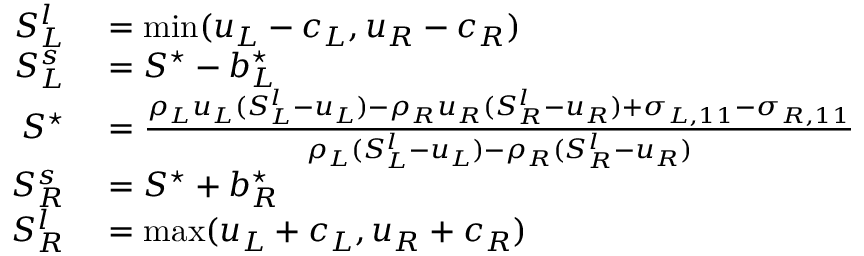
\begin{array} { r l } { S _ { L } ^ { l } } & { { } = \mathrm { m i n } ( u _ { L } - c _ { L } , u _ { R } - c _ { R } ) } \\ { S _ { L } ^ { s } } & { { } = S ^ { \star } - b _ { L } ^ { \star } } \\ { S ^ { \star } } & { { } = \frac { \rho _ { L } u _ { L } ( S _ { L } ^ { l } - u _ { L } ) - \rho _ { R } u _ { R } ( S _ { R } ^ { l } - u _ { R } ) + \sigma _ { L , 1 1 } - \sigma _ { R , 1 1 } } { \rho _ { L } ( S _ { L } ^ { l } - u _ { L } ) - \rho _ { R } ( S _ { R } ^ { l } - u _ { R } ) } } \\ { S _ { R } ^ { s } } & { { } = S ^ { \star } + b _ { R } ^ { \star } } \\ { S _ { R } ^ { l } } & { { } = \mathrm { m a x } ( u _ { L } + c _ { L } , u _ { R } + c _ { R } ) } \end{array}